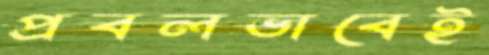
প্রবলভাবেই